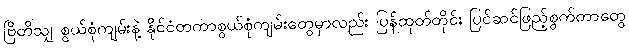
ဗြိတိသျှ စွယ်စုံကျမ်းနဲ့ နိုင်ငံတကာစွယ်စုံကျမ်းတွေမှာလည်း ပြန်ထုတ်တိုင်း ပြင်ဆင်ဖြည့်စွက်တာတွေ